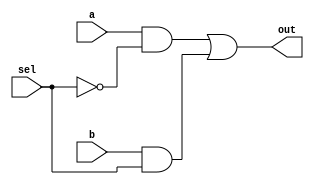

`timescale 1ns/1ns

module mux2_1(
output out,
input a,
input b,
input sel);

assign out  =  ( a & !sel )  |  ( b & sel ) ;

endmodule